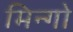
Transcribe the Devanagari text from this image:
मिन्गो